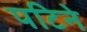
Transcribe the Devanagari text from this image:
पटिने